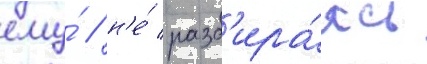
ему́ / н'е́ разб'ира́ясь